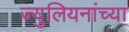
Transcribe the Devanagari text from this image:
ज्युलियनांच्या